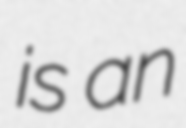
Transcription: is an